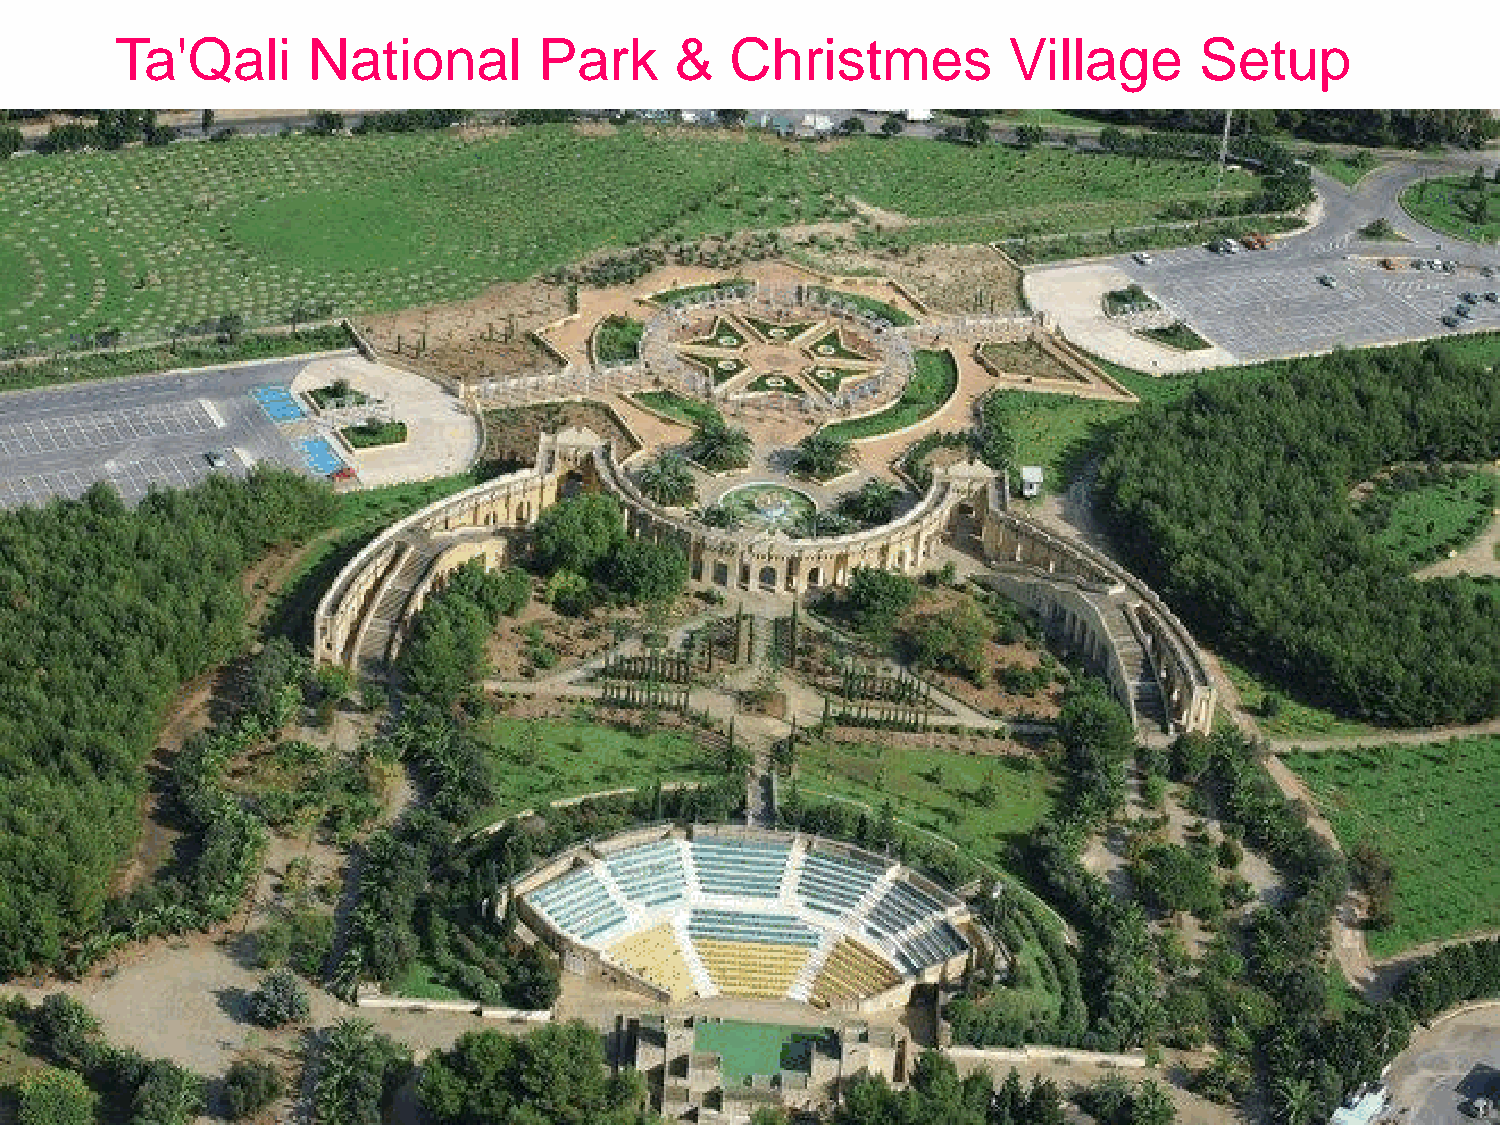
Ta'Qali     National        Park     &  Christmes          Village     Setup